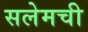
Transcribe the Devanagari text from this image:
सलेमची